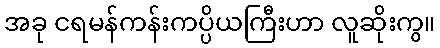
အခု ငရမန်ကန်းကပ္ပိယကြီးဟာ လူဆိုးကွ။